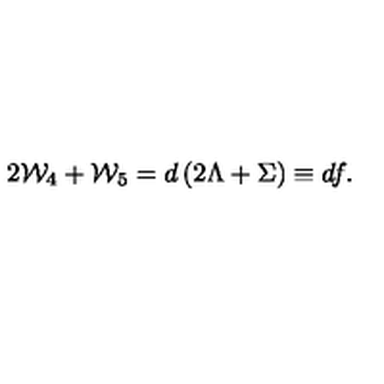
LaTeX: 2 { \cal W } _ { 4 } + { \cal W } _ { 5 } = d \left( 2 \Lambda + \Sigma \right) \equiv d f .